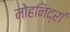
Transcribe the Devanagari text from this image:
मोहनिद्रां